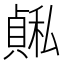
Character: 𫁅